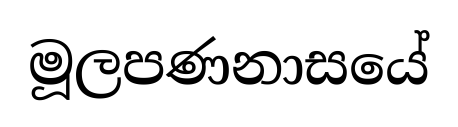
මූලපණනාසයේ